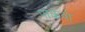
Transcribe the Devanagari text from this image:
पाकबो